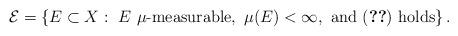
LaTeX: \begin{align*}\mathcal{E} = \left\{ E\subset X:\ E\ \mu\textrm{-measurable},\ \mu(E)<\infty, \textrm{ and } \eqref{eq:Lelim} \textrm{ holds}\right\}.\end{align*}